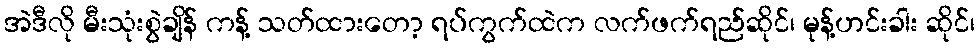
အဲဒီလို မီးသုံးစွဲချိန် ကန့် သတ်ထားတော့ ရပ်ကွက်ထဲက လက်ဖက်ရည်ဆိုင်၊ မုန့်ဟင်းခါး ဆိုင်၊